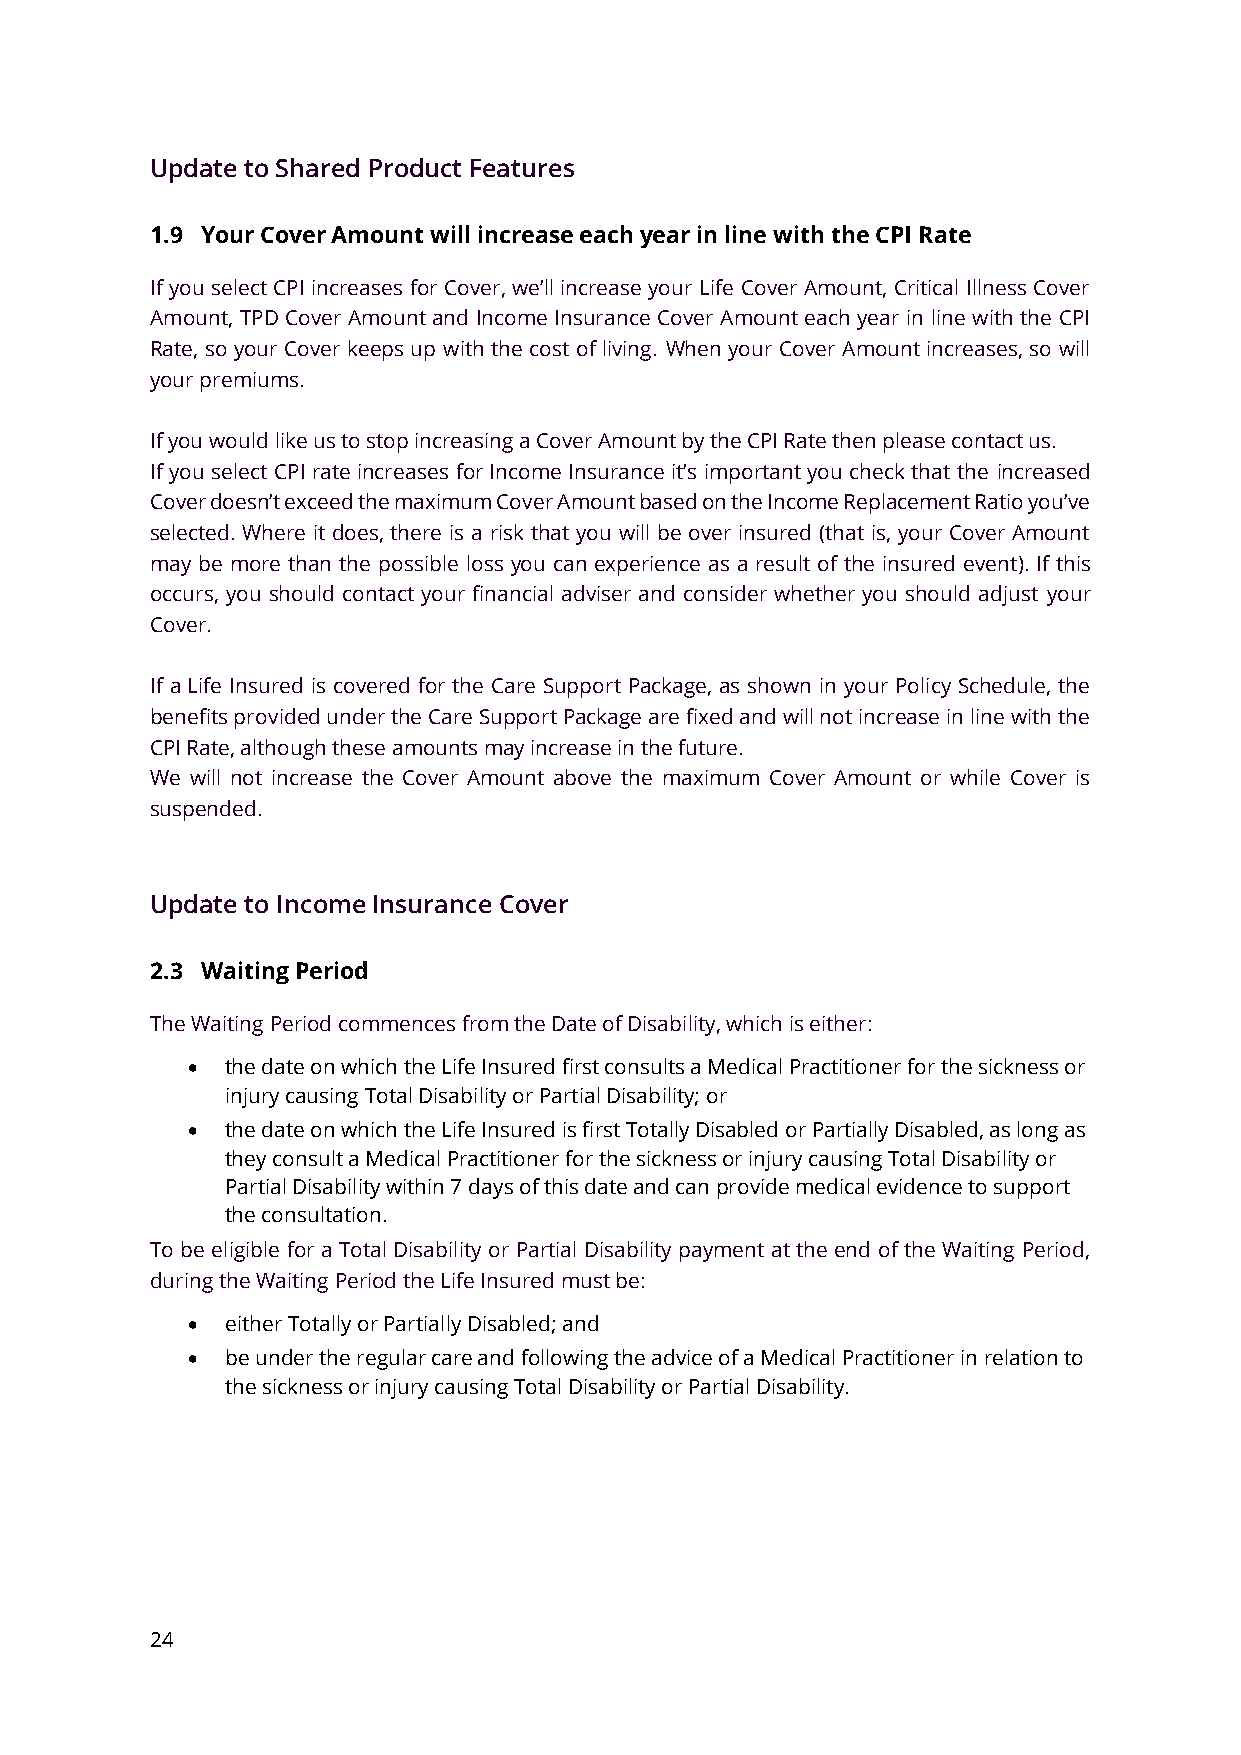
Update to Shared Product Features
 1.9 Your Cover Amount will increase each year in line with the CPI Rate
 If you select CPI increases for Cover, we’ll increase your Life Cover Amount, Critical Illness Cover
 Amount, TPD Cover Amount and Income Insurance Cover Amount each year in line with the CPI
 Rate, so your Cover keeps up with the cost of living. When your Cover Amount increases, so will
 your premiums.
 If you would like us to stop increasing a Cover Amount by the CPI Rate then please contact us.
 If you select CPI rate increases for Income Insurance it’s important you check that the increased
 Cover doesn’t exceed the maximum Cover Amount based on the Income Replacement Ratio you’ve
 selected. Where it does, there is a risk that you will be over insured (that is, your Cover Amount
 may be more than the possible loss you can experience as a result of the insured event). If this
 occurs, you should contact your financial adviser and consider whether you should adjust your
 Cover.
 If a Life Insured is covered for the Care Support Package, as shown in your Policy Schedule, the
 benefits provided under the Care Support Package are fixed and will not increase in line with the
 CPI Rate, although these amounts may increase in the future.
 We will not increase the Cover Amount above the maximum Cover Amount or while Cover is
 suspended.
 Update to Income Insurance Cover
 2.3 Waiting Period
 The Waiting Period commences from the Date of Disability, which is either:
 •  the date on which the Life Insured first consults a Medical Practitioner for the sickness or
 injury causing Total Disability or Partial Disability; or
 •  the date on which the Life Insured is first Totally Disabled or Partially Disabled, as long as
 they consult a Medical Practitioner for the sickness or injury causing Total Disability or
 Partial Disability within 7 days of this date and can provide medical evidence to support
 the consultation.
 To be eligible for a Total Disability or Partial Disability payment at the end of the Waiting Period,
 during the Waiting Period the Life Insured must be:
 •  either Totally or Partially Disabled; and
 •  be under the regular care and following the advice of a Medical Practitioner in relation to
 the sickness or injury causing Total Disability or Partial Disability.
 24